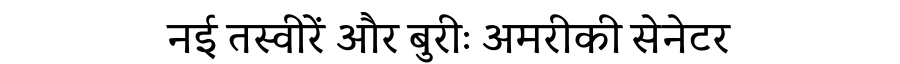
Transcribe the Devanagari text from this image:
नई तस्वीरें और बुरीः अमरीकी सेनेटर